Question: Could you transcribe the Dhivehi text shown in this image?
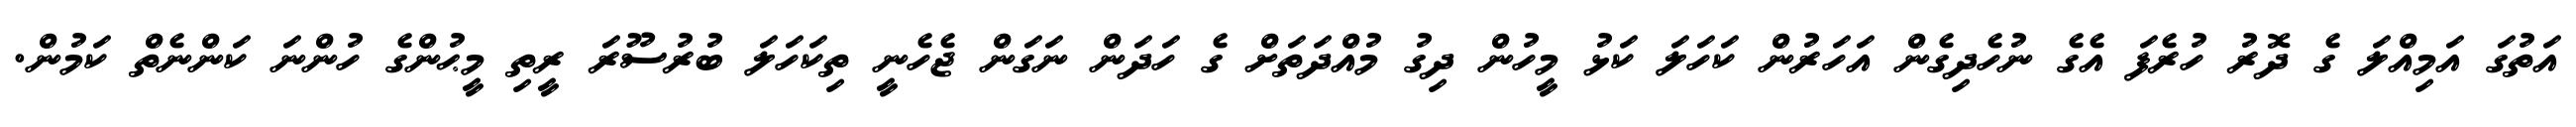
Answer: އަތުގަ އަމިއްލަ ގެ ދޮރު ހުރެފަ އެގެ ނުހެދިގެން އަހަރުން ކަހަލަ ކަޅު މީހުން ދިގު މުއްދަތަށް ގެ ހަދަން ނަގަން ޖެހެނީ ތިކަހަލަ ބުރުސޫރަ ރީތި މީޙުންގެ ހުންނަ ކަންނެތް ކަމުން.